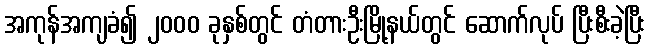
အကုန်အကျခံ၍ ၂၀၀၀ ခုနှစ်တွင် တံတားဦးမြို့နယ်တွင် ဆောက်လုပ် ပြီးစီးခဲ့ပြီး